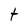
Character: T